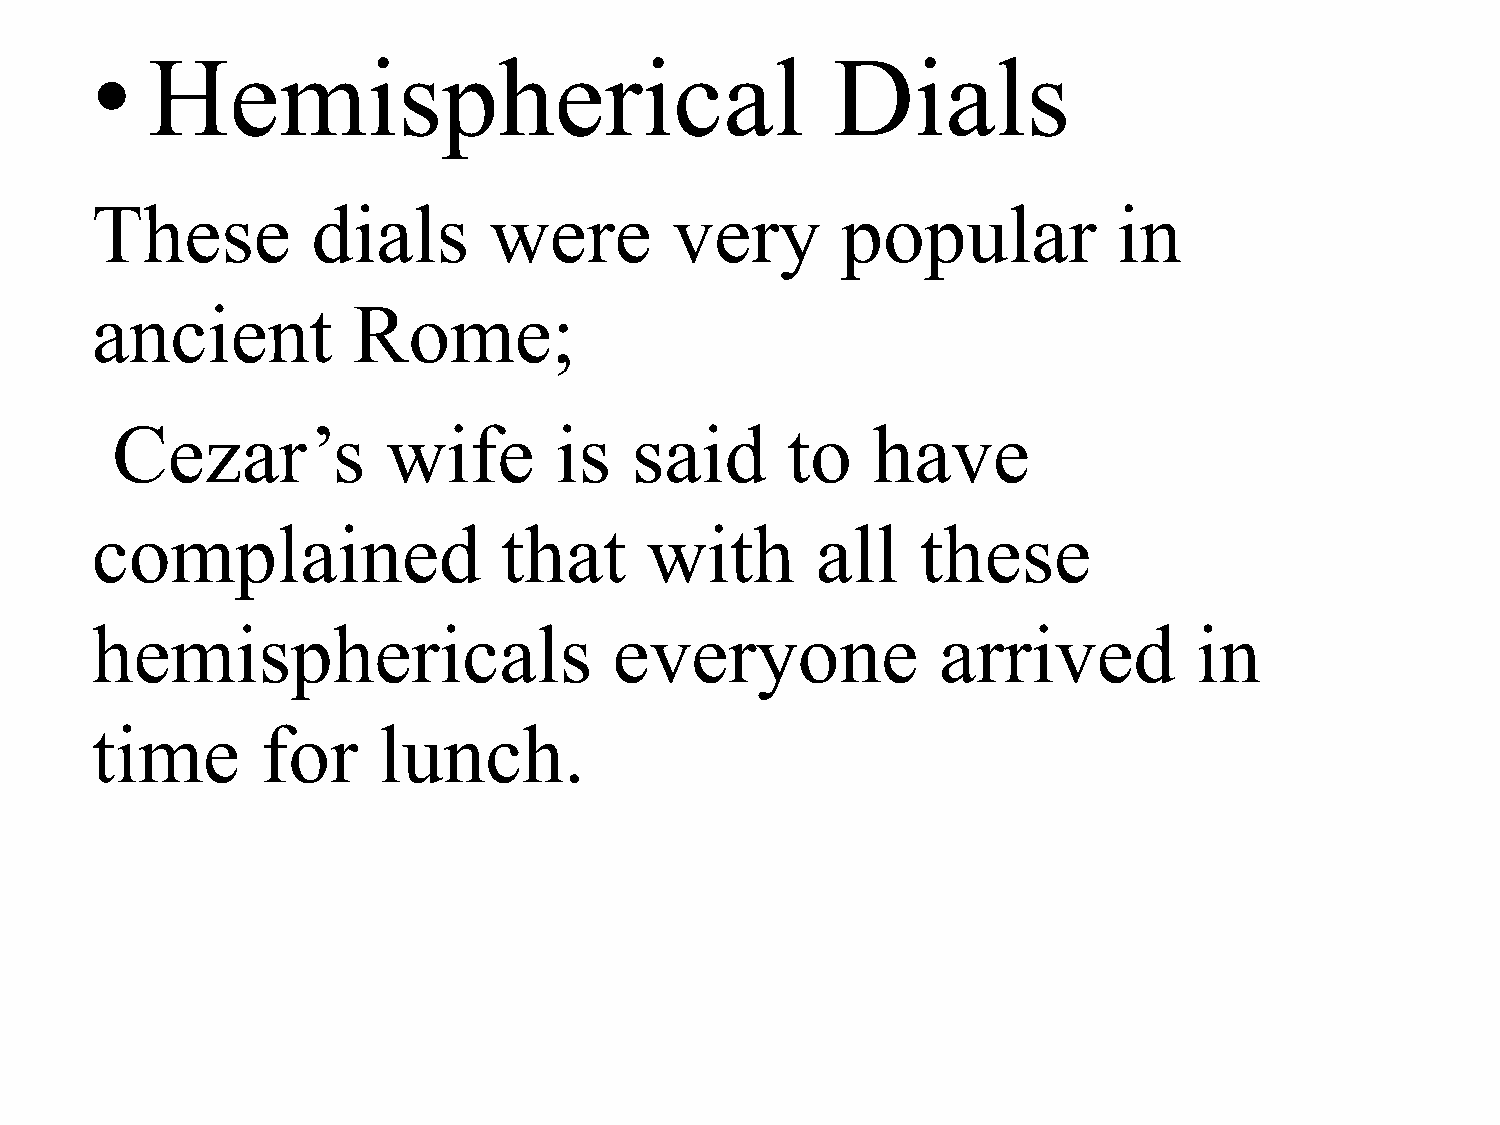
•   Hemispherical                                Dials
 These          dials      were         very       popular           in
 ancient          Rome;
 Cezar’s            wife       is   said      to    have
 complained                 that      with       all    these
 hemisphericals                     everyone             arrived          in
 time       for     lunch.